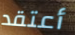
أعتقد